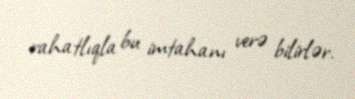
rahatlıqla bu imtahanı verə bilirlər.